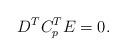
LaTeX: \begin{align*}D^TC_p^TE=0.\end{align*}